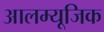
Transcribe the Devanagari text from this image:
आलम्यूजिक